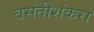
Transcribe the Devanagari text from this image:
बसंतीशंकरा